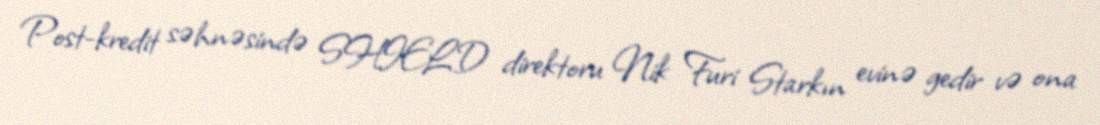
Post-kredit səhnəsində SHIELD direktoru Nik Furi Starkın evinə gedir və ona